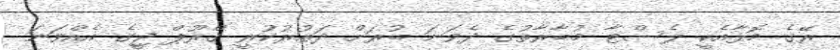
ރޭގެ މޮޅާއެކީ ލެސްޓާ މުބާރާތުގެ ދެވަނަ ބުރަށް ދަތުރުކުރީ ގްރޫޕް ޖީގެ އެއްވަނަ